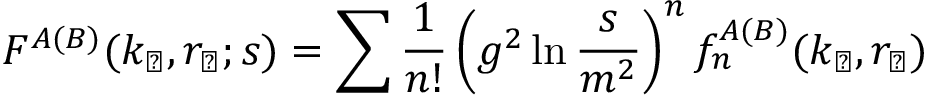
F ^ { A ( B ) } ( k _ { \perp } , r _ { \perp } ; s ) = \sum { \frac { 1 } { n ! } } \left( g ^ { 2 } \ln { \frac { s } { m ^ { 2 } } } \right) ^ { n } f _ { n } ^ { A ( B ) } ( k _ { \perp } , r _ { \perp } )